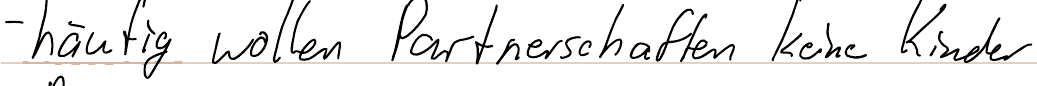
- häufig wollen Partnerschaften keine Kinder